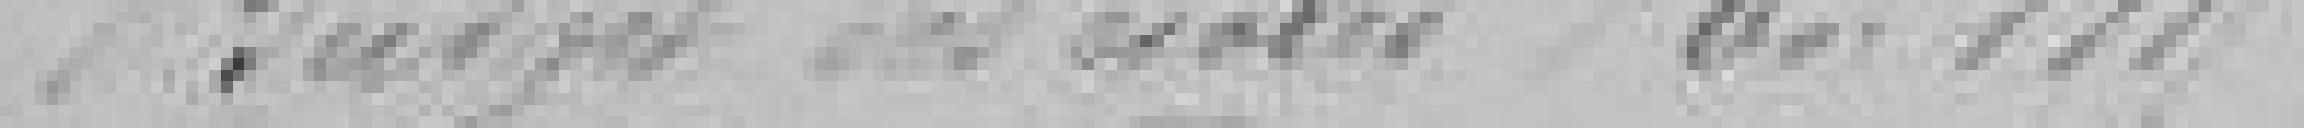
Budget des écoles en 1885